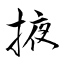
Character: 掖